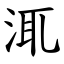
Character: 㳧